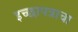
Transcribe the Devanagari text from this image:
इच्छापत्राचा